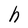
Character: h